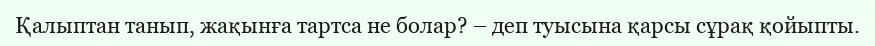
Қалыптан танып, жақынға тартса не болар? – деп туысына қарсы сұрақ қойыпты.